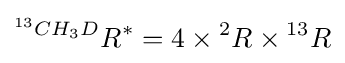
^{^{13}CH_{3}D}R^{*}=4\times {^{2}R}\times {^{13}R}